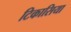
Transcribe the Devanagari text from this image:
टिकासिया